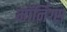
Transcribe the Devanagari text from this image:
मॉर्निंग्स